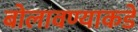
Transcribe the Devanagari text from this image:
बोलावण्याकडे